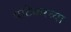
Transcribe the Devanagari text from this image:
पाटेकरच्या